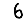
Digit: 6